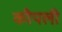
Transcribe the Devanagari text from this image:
कौपली